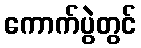
ကောက်ပွဲတွင်